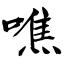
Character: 噍